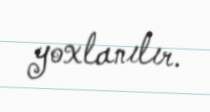
yoxlanılır.